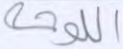
اللوحة